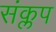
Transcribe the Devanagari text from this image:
संक्लप